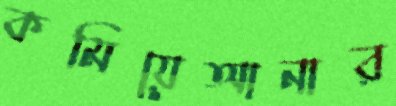
কমিয়েআনার